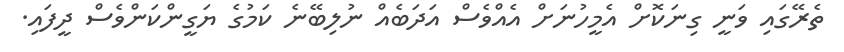
ތެރޭގައި ވަނީ ގިނަކޮށް އެމީހުނަށް އެއްވެސް އަދަބެއް ނުލިބޭނެ ކަމުގެ ޔަގީންކަންވެސް ދީފައި.